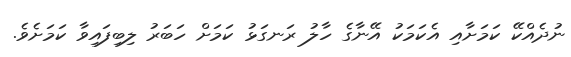
ނުދެއްކޭ ކަމަށާއި އެކަމަކު އޭނާގެ ހާލު ރަނގަޅު ކަމަށް ހަބަރު ލިބިފައިވާ ކަމަށެވެ.